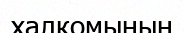
халкомының